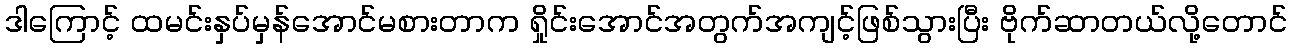
ဒါကြောင့် ထမင်းနှပ်မှန်အောင်မစားတာက ရှိုင်းအောင်အတွက်အကျင့်ဖြစ်သွားပြီး ဗိုက်ဆာတယ်လို့တောင်